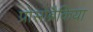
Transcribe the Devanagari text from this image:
प्रोसोब्रैकिया